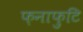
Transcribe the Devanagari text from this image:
फ़नाफ़ुटि